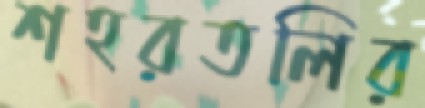
শহরতলির